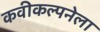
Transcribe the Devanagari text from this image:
कवीकल्पनेला